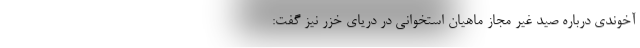
آخوندی درباره صید غیر مجاز ماهیان استخوانی در دریای خزر نیز گفت: